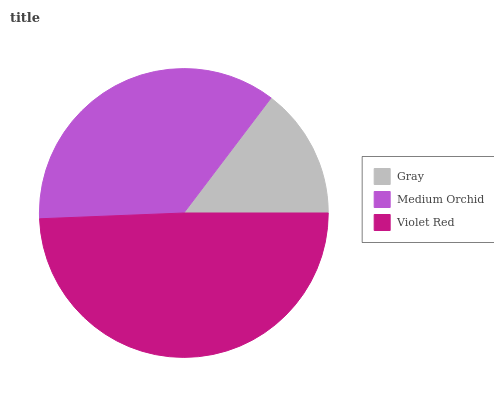
| Gray | Medium Orchid | Violet Red |
 | --- | --- | --- |
 | 14.7% | 36% | 49.3% |